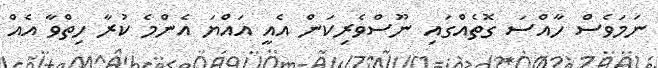
ނަމަވެސް ހާއްސަ ގޮތެއްގައި ނޫސްވެރިކަން އެއީ އައްޔަ އެންމެ ކުރާ ހިތްވާ އެއް